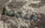
عندما